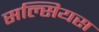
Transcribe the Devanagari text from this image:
सल्सियस